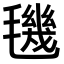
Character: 𣰈